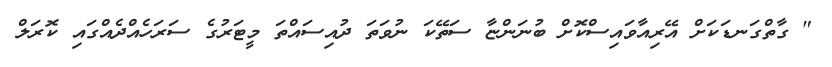
" ގާތްގަނޑަކަށް އޭރިއާވައިސްކޮށް ބުނަންޏާ ސަތޭކަ ނުވަތަ ދުއިސައްތަ މީޓަރުގެ ސަރަހެއްދެއްގައި ކޮރަލް